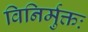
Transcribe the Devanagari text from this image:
विनिर्मुक्तः